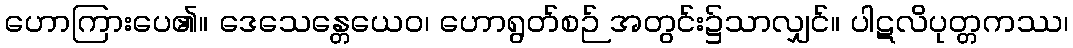
ဟောကြားပေ၏။ ဒေသေန္တေယေဝ၊ ဟောရွတ်စဉ် အတွင်း၌သာလျှင်။ ပါဋလိပုတ္တကဿ၊